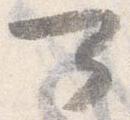
可